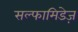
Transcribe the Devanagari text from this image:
सल्फामिडेज़